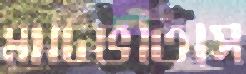
মাটিভর্তিসে